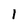
Character: 1